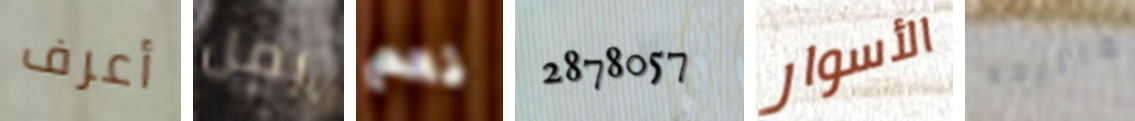
أعرف رمل نعم 2878057 الأسوار مفاتيحه